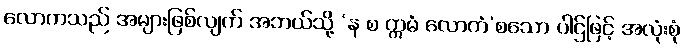
လောကသည် အများဖြစ်လျက် အဘယ်သို့ ‘န စ ဣမံ လောကံ’စသော ပါဌ်ဖြင့် အလုံးစုံ